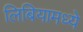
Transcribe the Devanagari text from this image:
लिबियामध्ये